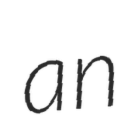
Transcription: an